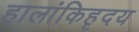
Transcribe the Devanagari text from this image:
हालांकिहृदय